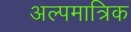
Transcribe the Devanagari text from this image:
अल्पमात्रिक